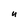
Character: u